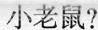
小老鼠?